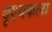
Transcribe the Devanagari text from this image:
दृश्‍यकला